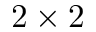
2 \times 2